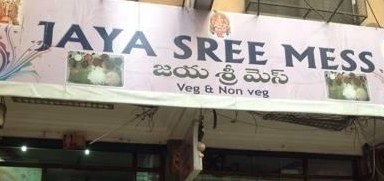
Language: telugu
Transcription: జయ శ్రీ మెస్